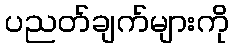
ပညတ်ချက်များကို